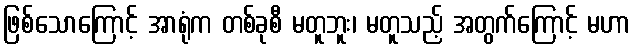
ဖြစ်သောကြောင့် အာရုံက တစ်ခုစီ မတူဘူး၊ မတူသည့် အတွက်ကြောင့် မဟာ